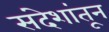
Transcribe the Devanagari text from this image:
संदेशांतून